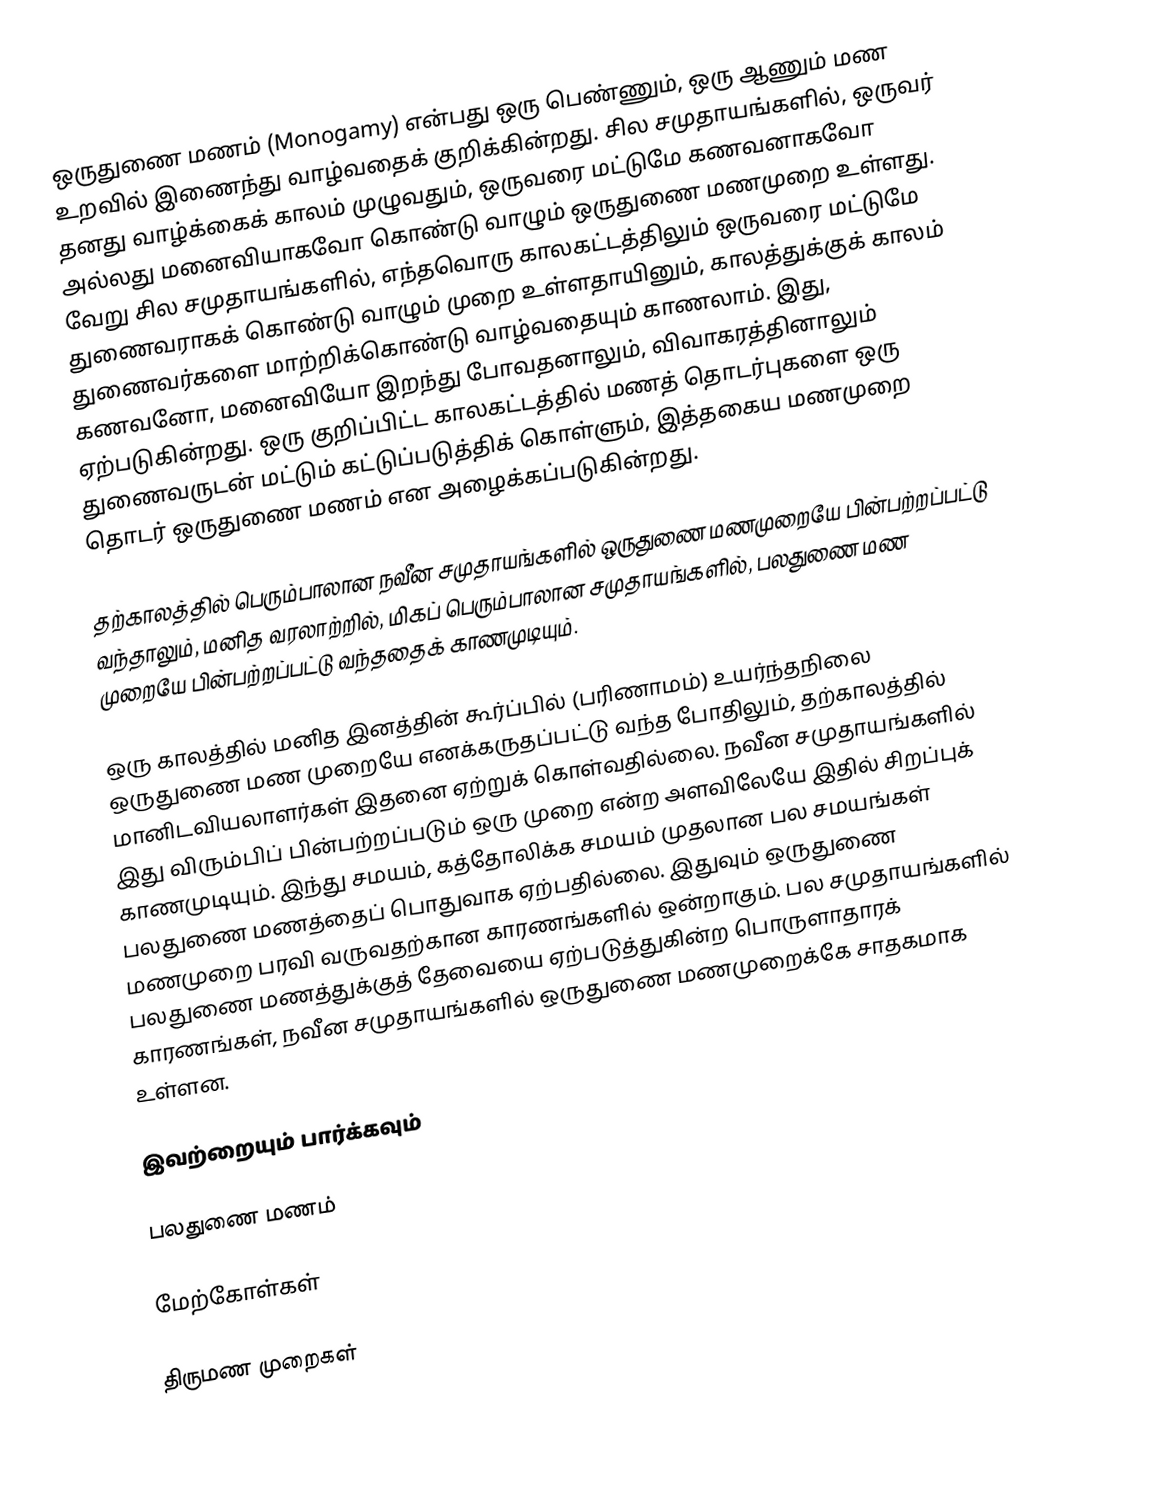
ஒருதுணை மணம் (Monogamy) என்பது ஒரு பெண்ணும், ஒரு ஆணும் மண உறவில் இணைந்து வாழ்வதைக் குறிக்கின்றது. சில சமுதாயங்களில், ஒருவர் தனது வாழ்க்கைக் காலம் முழுவதும், ஒருவரை மட்டுமே கணவனாகவோ அல்லது மனைவியாகவோ கொண்டு வாழும் ஒருதுணை மணமுறை உள்ளது. வேறு சில சமுதாயங்களில், எந்தவொரு காலகட்டத்திலும் ஒருவரை மட்டுமே துணைவராகக் கொண்டு வாழும் முறை உள்ளதாயினும், காலத்துக்குக் காலம் துணைவர்களை மாற்றிக்கொண்டு வாழ்வதையும் காணலாம். இது, கணவனோ, மனைவியோ இறந்து போவதனாலும், விவாகரத்தினாலும் ஏற்படுகின்றது. ஒரு குறிப்பிட்ட காலகட்டத்தில் மணத் தொடர்புகளை ஒரு துணைவருடன் மட்டும் கட்டுப்படுத்திக் கொள்ளும், இத்தகைய மணமுறை தொடர் ஒருதுணை மணம் என அழைக்கப்படுகின்றது.

தற்காலத்தில் பெரும்பாலான நவீன சமுதாயங்களில் ஒருதுணை மணமுறையே பின்பற்றப்பட்டு வந்தாலும், மனித வரலாற்றில், மிகப் பெரும்பாலான சமுதாயங்களில், பலதுணை மண முறையே பின்பற்றப்பட்டு வந்ததைக் காணமுடியும்.

ஒரு காலத்தில் மனித இனத்தின் கூர்ப்பில் (பரிணாமம்) உயர்ந்தநிலை ஒருதுணை மண முறையே எனக்கருதப்பட்டு வந்த போதிலும், தற்காலத்தில் மானிடவியலாளர்கள் இதனை ஏற்றுக் கொள்வதில்லை. நவீன சமுதாயங்களில் இது விரும்பிப் பின்பற்றப்படும் ஒரு முறை என்ற அளவிலேயே இதில் சிறப்புக் காணமுடியும். இந்து சமயம், கத்தோலிக்க சமயம் முதலான பல சமயங்கள் பலதுணை மணத்தைப் பொதுவாக ஏற்பதில்லை. இதுவும் ஒருதுணை மணமுறை பரவி வருவதற்கான காரணங்களில் ஒன்றாகும்.  பல சமுதாயங்களில் பலதுணை மணத்துக்குத் தேவையை ஏற்படுத்துகின்ற பொருளாதாரக் காரணங்கள், நவீன சமுதாயங்களில் ஒருதுணை மணமுறைக்கே சாதகமாக உள்ளன.

இவற்றையும் பார்க்கவும்

 பலதுணை மணம்

மேற்கோள்கள்

திருமண முறைகள்